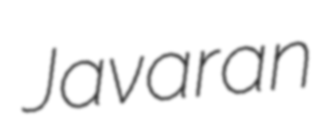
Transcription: Javaran